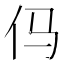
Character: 㐷